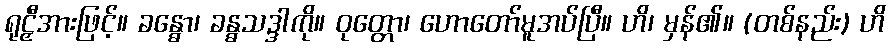
ရုဠှီအားဖြင့်။ ခန္ဓော၊ ခန္ဓသဒ္ဒါကို။ ဝုတ္တော၊ ဟောတော်မူအပ်ပြီ။ ဟိ၊ မှန်၏။ (တစ်နည်း) ဟိ